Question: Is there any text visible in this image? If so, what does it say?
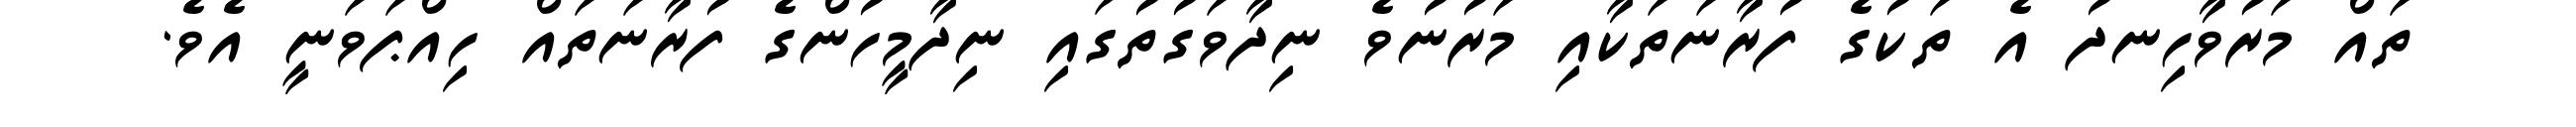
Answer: ތައް މަރުވާހިނދު އެ ތަކުގެ ފުރާނަތަކާއި މަރުނުވެ ނިދާވަގުތުގައި ނިދާމީހުންގެ ފުރާނަތައް ހިއްޕަވަނީ އެވެ.